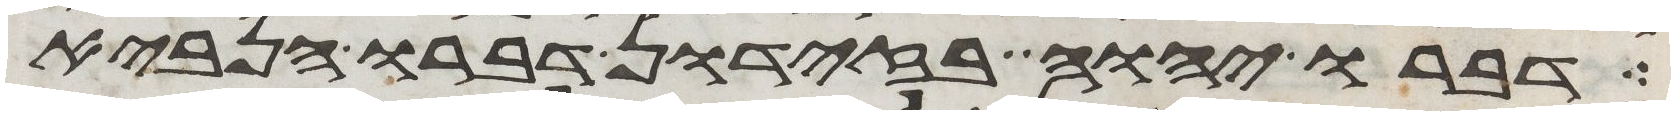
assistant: דברו יהוה בזדון דברו הנביא